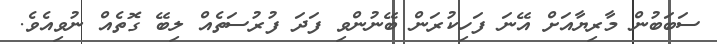
ސަބަބުން މާރިޔާއަށް އޭނަ ފަހިކުރަން ބޭނުންވި ފަދަ ފުރުސަތެއް ލިބޭ ގޮތެއް ނުވިއެވެ.